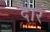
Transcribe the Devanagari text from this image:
दारं